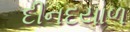
દીનદયાળ